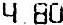
4.80